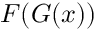
F ( G ( x ) )